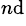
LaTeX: ^{n\mathrm{d}}